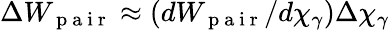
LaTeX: \Delta W_{\mathrm{~p~a~i~r~}}\approx(dW_{\mathrm{~p~a~i~r~}}/d\chi_{\gamma})\Delta\chi_{\gamma}